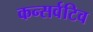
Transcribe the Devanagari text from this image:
कन्सर्वटिव